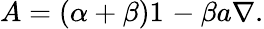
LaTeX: A=(\alpha+\beta)1_{}-\beta a\nabla.